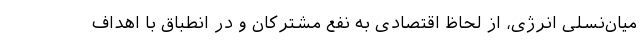
میان‌نسلی انرژی، از لحاظ اقتصادی به نفع مشترکان و در انطباق با اهداف